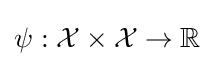
\psi :{\mathcal {X}}\times {\mathcal {X}}\to \mathbb {R}